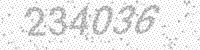
Solution: 234036